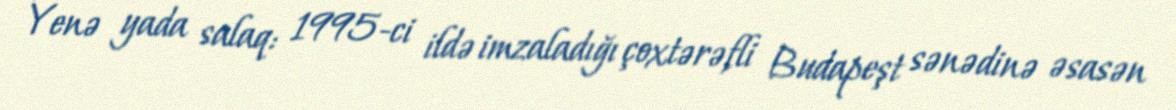
Yenə yada salaq: 1995-ci ildə imzaladığı çoxtərəfli Budapeşt sənədinə əsasən